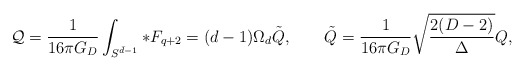
\begin{align*}{\cal Q}={1\over 16\pi G_D}\int_{S^{\bar{d}-1}}*F_{q+2}=(d-1)\Omega_d \tilde{Q}, \qquad \tilde{Q} = {1\over 16\pi G_D}\sqrt{2(D-2)\over \Delta}Q,\end{align*}